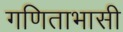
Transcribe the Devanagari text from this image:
गणिताभासी